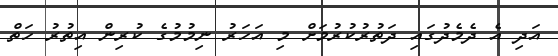
އަދި އެ ދެމެދުގައި ދަތުރުކުރުމަށް މި އަހަރު ނިމުމުގެ ކުރިން އިތުރު ހަތް